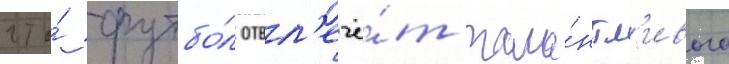
что́ футбо́л отвл'ечё́т тала́нтл'ивого